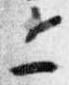
上